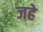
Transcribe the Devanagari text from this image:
जहे